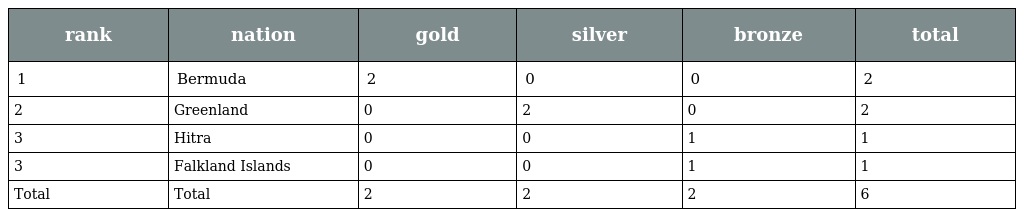
| rank | nation | gold | silver | bronze | total |
 | --- | --- | --- | --- | --- | --- |
 | 1 | Bermuda | 2 | 0 | 0 | 2 |
 | 2 | Greenland | 0 | 2 | 0 | 2 |
 | 3 | Hitra | 0 | 0 | 1 | 1 |
 | 3 | Falkland Islands | 0 | 0 | 1 | 1 |
 | Total | Total | 2 | 2 | 2 | 6 |